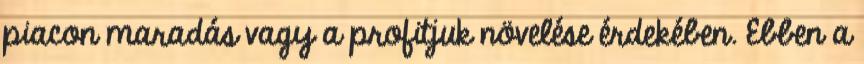
piacon maradás vagy a profitjuk növelése érdekében. Ebben a